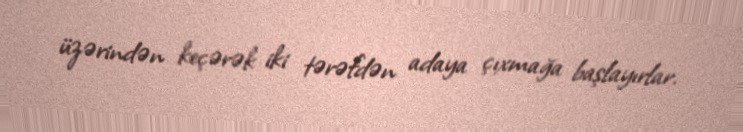
üzərindən keçərək iki tərəfdən adaya çıxmağa başlayırlar.